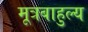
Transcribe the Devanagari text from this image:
मूत्रबाहुल्य